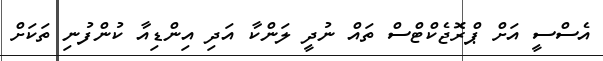
އެސްސީ އަށް ޕްރޮޖެކްޓްސް ތައް ނުދީ ލަންކާ އަދި އިންޑިއާ ކުންފުނި ތަކަށް